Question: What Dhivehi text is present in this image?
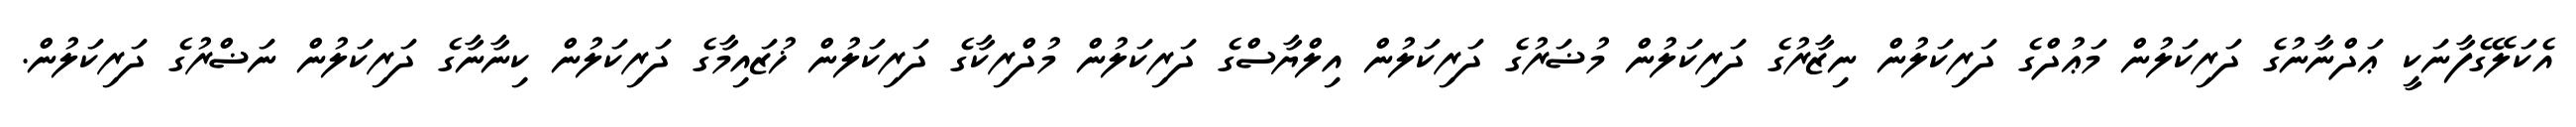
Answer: އެކަލޭގެފާނަކީ ޢަދްނާނުގެ ދަރިކަލުން މަޢުދްގެ ދަރިކަލުން ނިޒާރުގެ ދަރިކަލުން މުޟަރުގެ ދަރިކަލުން އިލްޔާސްގެ ދަރިކަލުން މުދްރިކާގެ ދަރިކަލުން ޚުޒައިމާގެ ދަރިކަލުން ކިނާނާގެ ދަރިކަލުން ނަޟްރުގެ ދަރިކަލުން.